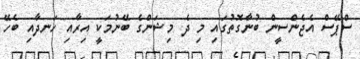
ސްޕޭސް އެޖެންސީން ބުނާގޮތުގައި މި ދެ މިޝަންގެ ބޭނުމަކީ އިރާއި ހަނދާއި ބެހޭ